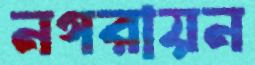
নগরায়ন